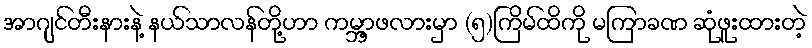
အာဂျင်တီးနားနဲ့ နယ်သာလန်တို့ဟာ ကမ္ဘာ့ဖလားမှာ (၅)ကြိမ်ထိကို မကြာခဏ ဆုံဖူးထားတဲ့